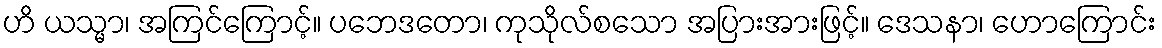
ဟိ ယသ္မာ၊ အကြင်ကြောင့်။ ပဘေဒတော၊ ကုသိုလ်စသော အပြားအားဖြင့်။ ဒေသနာ၊ ဟောကြောင်း